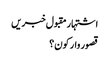
اشتہار	مقبول خبریں
قصور وار کون؟